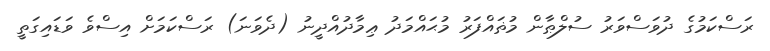
ރަސްކަމުގެ ދުވަސްވަރު ސުލްޠާން މުޡައްފަރު މުޙައްމަދު ޢިމާދުއްދީނު (ދެވަނަ) ރަސްކަމަށް އިސްވެ ވަޑައިގަތީ